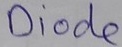
Text: Diode